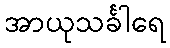
အာယုသင်္ခါရေ